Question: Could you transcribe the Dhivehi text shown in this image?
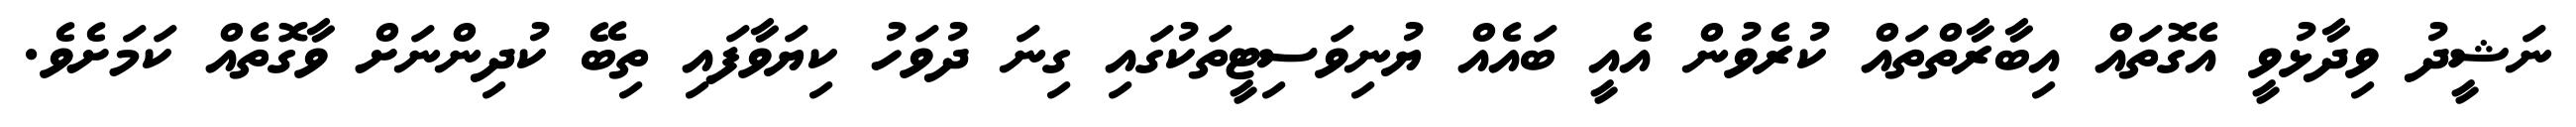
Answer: ނަޝީދު ވިދާޅުވީ އެގޮތައް އިބާރާތްތައް ކުރެވުން އެއީ ބައެއް ޔުނިވަސިޓީތަކުގައި ގިނަ ދުވަހު ކިޔަވާފައި ތިބޭ ކުދިންނަށް ވާގޮތެއް ކަމަށެވެ.